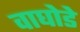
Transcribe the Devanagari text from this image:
वाघोडे